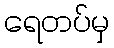
ရေတပ်မှ